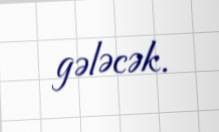
gələcək.